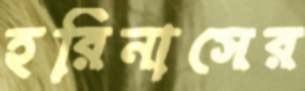
হরিনাসের